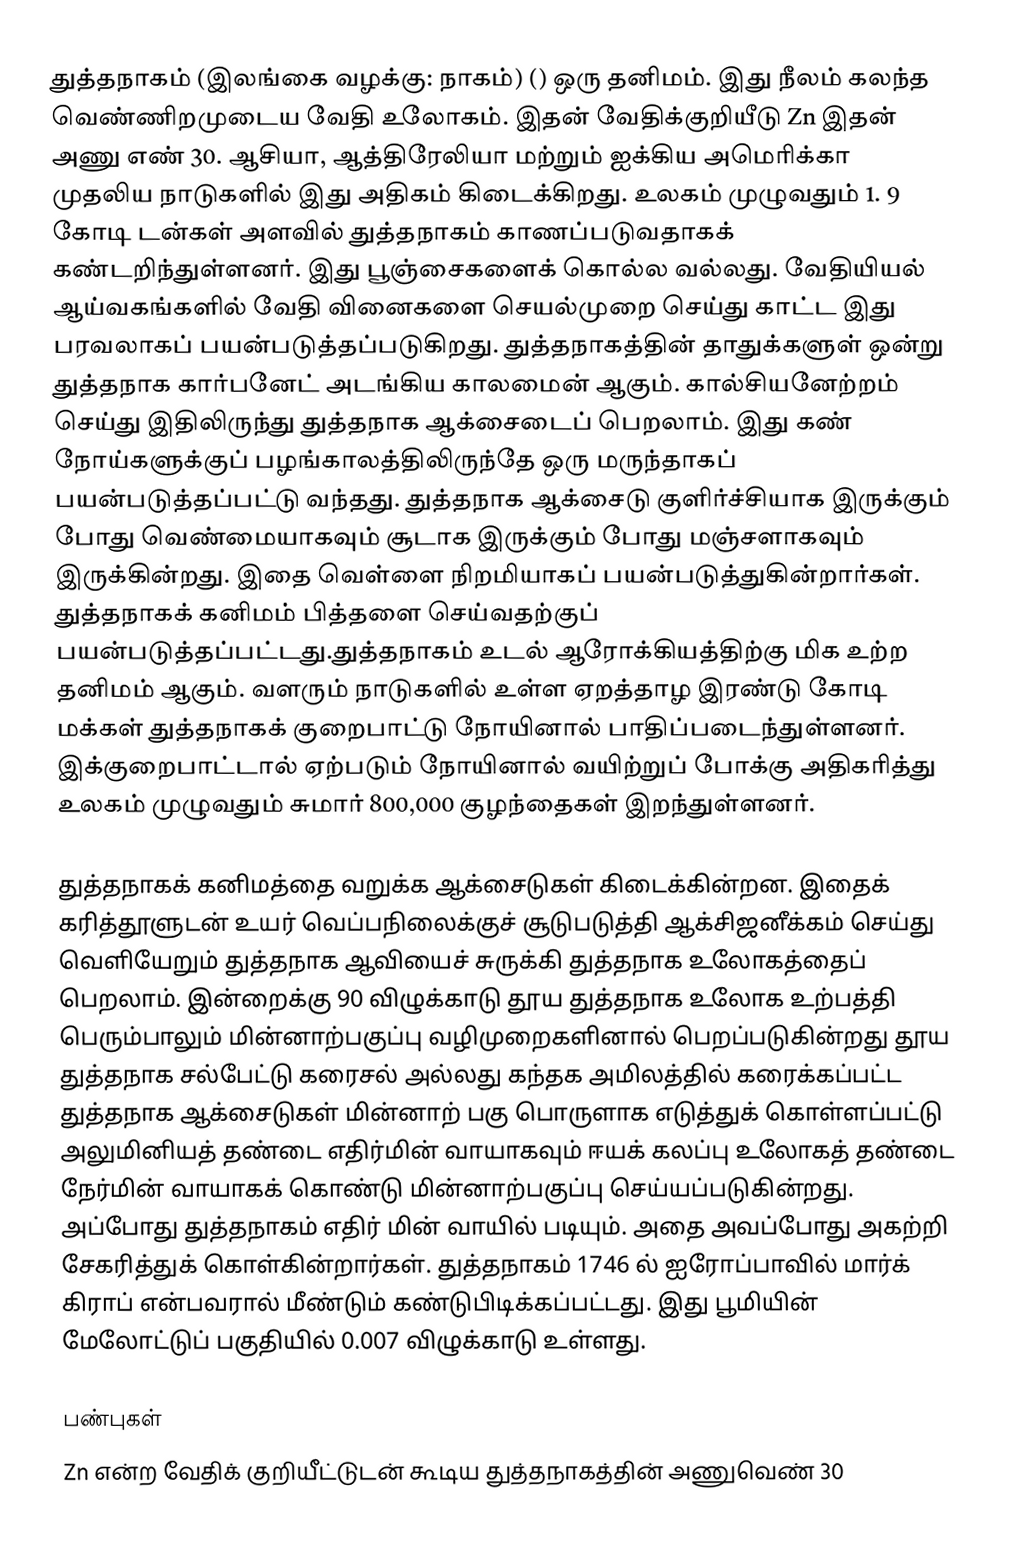
துத்தநாகம் (இலங்கை வழக்கு: நாகம்) () ஒரு தனிமம். இது நீலம் கலந்த வெண்ணிறமுடைய வேதி உலோகம். இதன் வேதிக்குறியீடு Zn இதன் அணு எண்  30. ஆசியா, ஆத்திரேலியா மற்றும் ஐக்கிய அமெரிக்கா முதலிய நாடுகளில் இது அதிகம் கிடைக்கிறது. உலகம் முழுவதும் 1. 9 கோடி டன்கள் அளவில் துத்தநாகம் காணப்படுவதாகக் கண்டறிந்துள்ளனர்.  இது பூஞ்சைகளைக் கொல்ல வல்லது. வேதியியல் ஆய்வகங்களில் வேதி வினைகளை செயல்முறை செய்து காட்ட இது பரவலாகப் பயன்படுத்தப்படுகிறது. துத்தநாகத்தின் தாதுக்களுள் ஒன்று துத்தநாக கார்பனேட் அடங்கிய காலமைன் ஆகும். கால்சியனேற்றம் செய்து இதிலிருந்து துத்தநாக ஆக்சைடைப் பெறலாம். இது கண் நோய்களுக்குப் பழங்காலத்திலிருந்தே ஒரு மருந்தாகப் பயன்படுத்தப்பட்டு வந்தது. துத்தநாக ஆக்சைடு குளிர்ச்சியாக இருக்கும் போது வெண்மையாகவும் சூடாக இருக்கும் போது மஞ்சளாகவும் இருக்கின்றது. இதை வெள்ளை நிறமியாகப் பயன்படுத்துகின்றார்கள். துத்தநாகக் கனிமம் பித்தளை செய்வதற்குப் பயன்படுத்தப்பட்டது.துத்தநாகம் உடல் ஆரோக்கியத்திற்கு மிக உற்ற தனிமம் ஆகும். வளரும் நாடுகளில் உள்ள ஏறத்தாழ இரண்டு கோடி மக்கள் துத்தநாகக் குறைபாட்டு நோயினால் பாதிப்படைந்துள்ளனர். இக்குறைபாட்டால் ஏற்படும் நோயினால் வயிற்றுப் போக்கு அதிகரித்து உலகம் முழுவதும் சுமார் 800,000 குழந்தைகள் இறந்துள்ளனர்.

துத்தநாகக் கனிமத்தை வறுக்க ஆக்சைடுகள் கிடைக்கின்றன.  இதைக் கரித்தூளுடன் உயர் வெப்பநிலைக்குச் சூடுபடுத்தி ஆக்சிஜனீக்கம் செய்து வெளியேறும் துத்தநாக ஆவியைச் சுருக்கி துத்தநாக உலோகத்தைப் பெறலாம்.  இன்றைக்கு 90 விழுக்காடு தூய துத்தநாக உலோக உற்பத்தி பெரும்பாலும் மின்னாற்பகுப்பு வழிமுறைகளினால் பெறப்படுகின்றது தூய துத்தநாக சல்பேட்டு கரைசல் அல்லது கந்தக அமிலத்தில் கரைக்கப்பட்ட துத்தநாக ஆக்சைடுகள் மின்னாற் பகு பொருளாக எடுத்துக் கொள்ளப்பட்டு அலுமினியத் தண்டை எதிர்மின் வாயாகவும் ஈயக் கலப்பு உலோகத் தண்டை நேர்மின் வாயாகக் கொண்டு மின்னாற்பகுப்பு செய்யப்படுகின்றது. அப்போது துத்தநாகம் எதிர் மின் வாயில் படியும். அதை அவப்போது அகற்றி சேகரித்துக் கொள்கின்றார்கள். துத்தநாகம் 1746 ல் ஐரோப்பாவில் மார்க் கிராப் என்பவரால் மீண்டும் கண்டுபிடிக்கப்பட்டது. இது பூமியின் மேலோட்டுப் பகுதியில் 0.007 விழுக்காடு உள்ளது.

பண்புகள்
Zn என்ற வேதிக் குறியீட்டுடன் கூடிய துத்தநாகத்தின் அணுவெண் 30